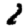
Digit: 2